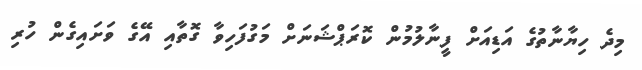
މިދެ ހިޔާނާތުގެ އަޑިއަށް ފީނާލުމުން ކޮރަޕްޝަނަށް މަގުފަހިވާ ގޮތާއި އޭގެ ވަށައިގެން ހުރި